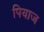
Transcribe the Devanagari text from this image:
पियाज